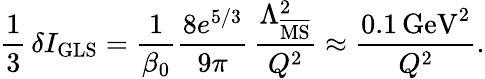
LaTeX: \frac{1}{3}\, \delta I_{\mathrm{GLS}}=\frac{1}{\beta_{0}}\frac{8e^{5/3}}{9\pi}\, \frac{\Lambda_{\overline{{\mathrm{MS}}}}^{2}}{Q^{2}}\approx\frac{0.1\, \mathrm{GeV}^{2}}{Q^{2}}.